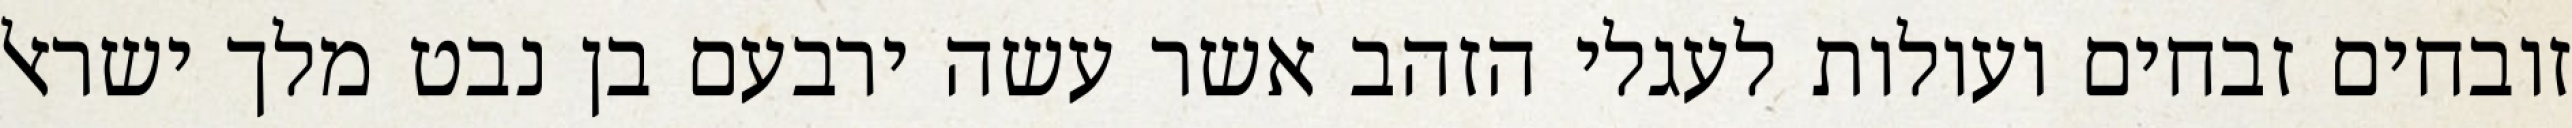
זובחים זבחים ועולות לעגלי הזהב אשר עשה ירבעם בן נבט מלך ישראל